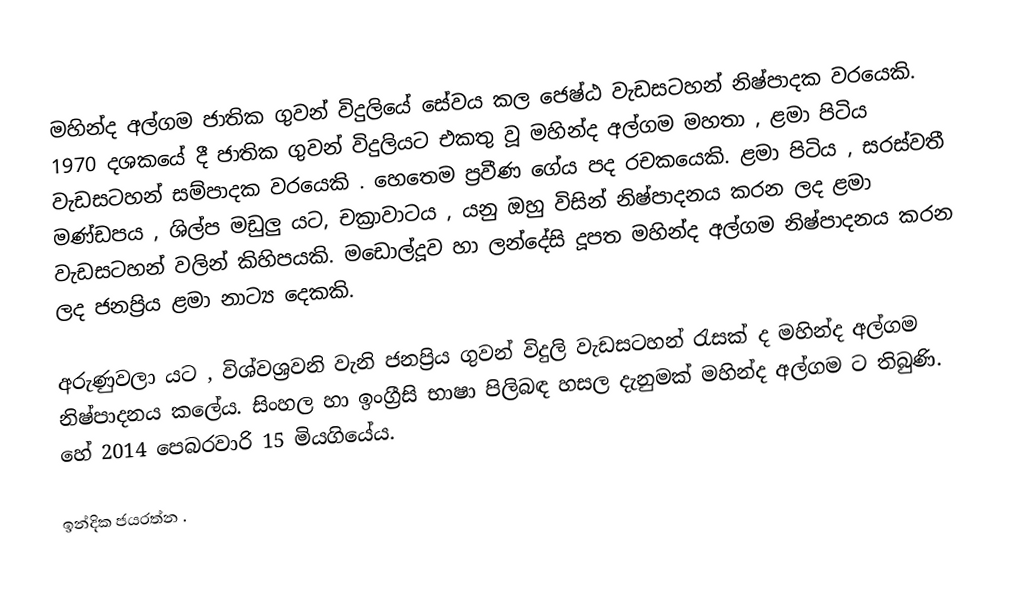
මහින්ද අල්ගම ජාතික ගුවන් විදුලියේ සේවය කල  ජෙෂ්ඨ වැඩසටහන්  නිෂ්පාදක වරයෙකි. 1970 දශකයේ දී  ජාතික ගුවන් විදුලියට එකතු වූ මහින්ද අල්ගම මහතා , ළමා පිටිය වැඩසටහන්  සම්පාදක වරයෙකි . හෙතෙම ප්‍රවීණ ගේය පද රචකයෙකි. ළමා පිටිය , සරස්වතී  මණ්ඩපය ,  ශිල්ප මඩුලු යට, චක්‍රාවාටය , යනු  ඔහු විසින් නිෂ්පාදනය කරන ලද ළමා  වැඩසටහන් වලින් කිහිපයකි. මඩොල්දූව හා ලන්දේසි දූපත මහින්ද අල්ගම නිෂ්පාදනය කරන ලද ජනප්‍රිය ළමා නාට්‍ය දෙකකි.

අරුණුවලා යට , විශ්වශ්‍රවනි වැනි ජනප්‍රිය ගුවන් විදුලි වැඩසටහන්  රැසක් ද මහින්ද  අල්ගම  නිෂ්පාදනය කලේය. සිංහල හා ඉංග්‍රීසි භාෂා පිලිබඳ හසල දැනුමක් මහින්ද අල්ගම ට තිබුණි. හේ 2014 පෙබරවාරි 15 මියගියේය.

ඉන්දික ජයරත්න .